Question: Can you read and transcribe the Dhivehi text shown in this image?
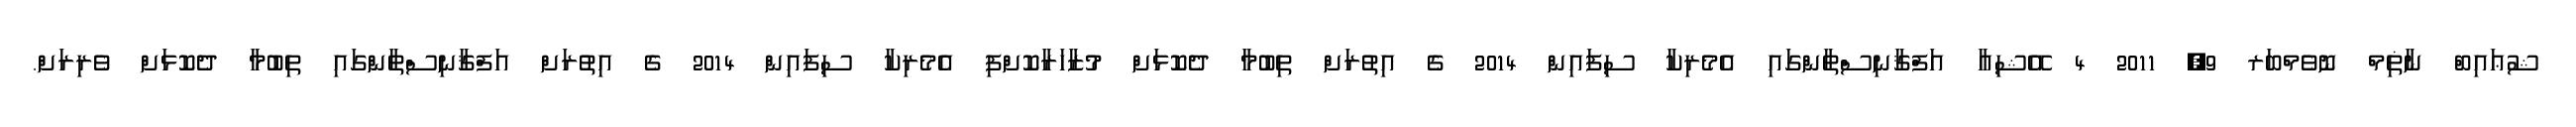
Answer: ޝުޢައިބް ނާޡިމް ނޮވެމްބަރ 9, 2011 4 އޭޝިއާ އަފްޤާނިސްތާންގައި އެމެރިކާ ސިފައިން 2014 ގެ އިތުރަށް ތިބުމާ ދެކޮޅަށް މުޒާހަރާކޮށްފި އެމެރިކާ ސިފައިން 2014 ގެ އިތުރަށް އަފްޤާނިސްތާންގައި ތިބުމާ ދެކޮޅަށް ވެރިރަށް.